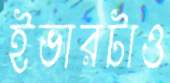
ইভারটাও